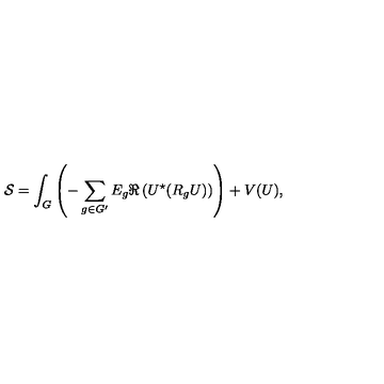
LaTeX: { \cal S } = \int _ { G } \left( - \sum _ { g \in G ^ { \prime } } E _ { g } \Re \left( U ^ { \star } ( R _ { g } U ) \right) \right) + V ( U ) ,